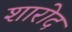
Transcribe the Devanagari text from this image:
शारोद